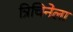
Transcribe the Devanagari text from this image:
त्रिचिनेला